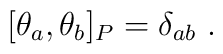
[\theta_{a},\theta_{b}]_{P} = \delta_{ab} \ .